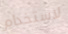
لاستخدام